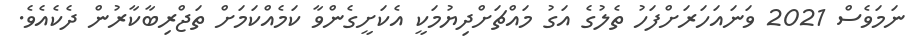
ނަމަވެސް 2021 ވަނައަހަރަށްފަހު ތެލުގެ އަގު މައްޗަށްދިޔުމަކީ އެކަށީގެންވާ ކަމެއްކަމަށް ތަޖްރިބާކާރުން ދެކެއެވެ.